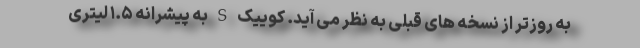
به روزتر از نسخه های قبلی به نظر می آید. کوییک S به پیشرانه ۱.۵ لیتری